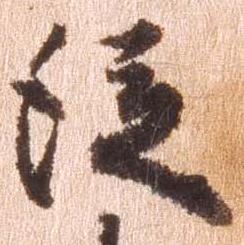
従